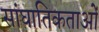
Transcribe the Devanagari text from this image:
सांघातिकताओं